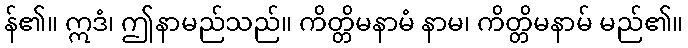
န်၏။ ဣဒံ၊ ဤနာမည်သည်။ ကိတ္တိမနာမံ နာမ၊ ကိတ္တိမနာမ် မည်၏။